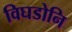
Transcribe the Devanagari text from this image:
विघडोनि